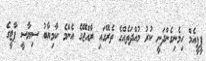
ޕީޕީއެމް ހިމެނިގެންދަނީ ކުރު މުއްދަތެއްގެ ތެރޭގައި ރާއްޖޭގެ އެންމެ ކާމިޔާބު ސިޔާސީ ޕާޓީގެ